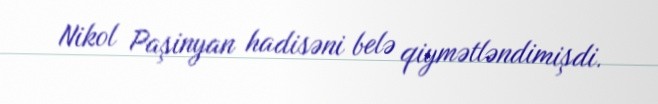
Nikol Paşinyan hadisəni belə qiymətləndimişdi.